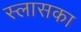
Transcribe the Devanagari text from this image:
स्लासका